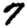
Digit: 7